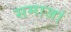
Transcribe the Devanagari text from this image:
समाजां